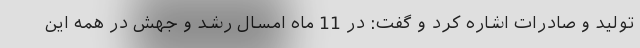
تولید و صادرات اشاره کرد و گفت: در 11 ماه امسال رشد و جهش در همه این